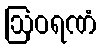
ဩဝရဏံ